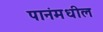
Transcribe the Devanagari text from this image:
पानंमधील